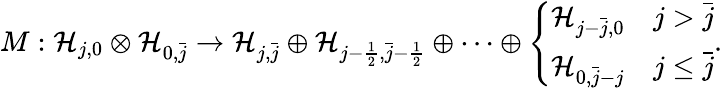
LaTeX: M:\mathcal{H}_{j,0}\otimes\mathcal{H}_{0,\bar{j}}\to\mathcal{H}_{j,\bar{j}}\oplus\mathcal{H}_{j-\frac{1}{2},\bar{j}-\frac{1}{2}}\oplus\cdots\oplus\left\{ \begin{array}{ll}{\mathcal{H}_{j-\bar{j},0}}&{j>\bar{j}}\\ {\mathcal{H}_{0,\bar{j}-j}}&{j\leq\bar{j}}\end{array}\right..